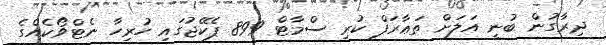
ދިރާގުން ބުނީ އަލަށް ތަޢާރަފް ކުރި ސްމާޓް 899 ޕެކޭޖުގައި ހުރިހާ ނެޓްވޯކެއްގެ